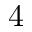
4